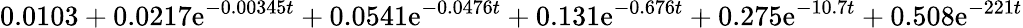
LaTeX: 0.0103+0.0217\mathrm{e}^{-0.00345t}+0.0541\mathrm{e}^{-0.0476t}+0.131\mathrm{e}^{-0.676t}+0.275\mathrm{e}^{-10.7t}+0.508\mathrm{e}^{-221t}